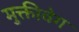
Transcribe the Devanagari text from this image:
मुक्तीवेग